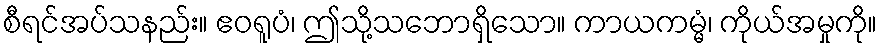
စီရင်အပ်သနည်း။ ဧဝရူပံ၊ ဤသို့သဘောရှိသော။ ကာယကမ္မံ၊ ကိုယ်အမှုကို။